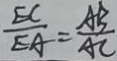
\frac { E C } { E A } = \frac { A B } { A C }